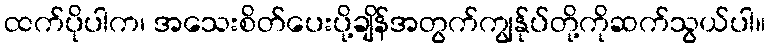
ထက်ပိုပါက၊ အသေးစိတ်ပေးပို့ချိန်အတွက်ကျွန်ုပ်တို့ကိုဆက်သွယ်ပါ။